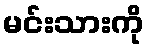
မင်းသားကို